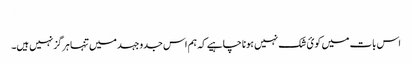
​
اس بات میں کوئ شک نہیں ہونا چاہیے کہ ہم اس جدوجہد میں تنہا ہرگز نہیں ہیں۔